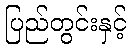
ပြည်တွင်းနှင့်